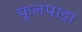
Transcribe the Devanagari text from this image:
फुलपाडा